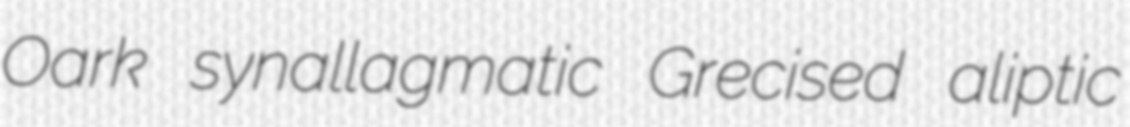
Oark synallagmatic Grecised aliptic